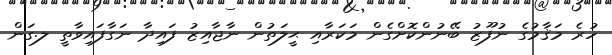
ހުރެ މަޤާމުގެ ނުފޫޒު ބޭނުންކޮށްގެން މަކަރާއި ޙީލަތުން ނާޖާއިޒު ފައިދާ ނަގާފައިވާތީ ލ.ގަން